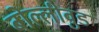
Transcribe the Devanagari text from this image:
बोल्लीवुड